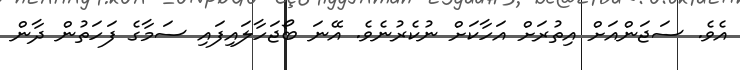
އެވެ. ސަޖަންއަށް އިތުރަށް އަހާކަށް ނުކެރުނެވެ. އޭނަ ބޯޖަހާލައިފައި ސަމާގެ ފަހަތުން ދާން